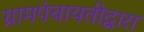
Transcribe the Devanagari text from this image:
ग्रामपंचायतीद्वारा